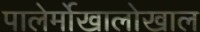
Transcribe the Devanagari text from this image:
पालेर्मोखालोखाल